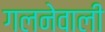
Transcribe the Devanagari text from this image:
गलनेवाली